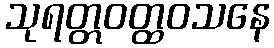
သုရတ္တဝတ္ထဝသနေ